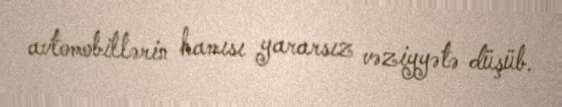
avtomobillərin hamısı yararsız vəziyyətə düşüb.